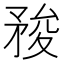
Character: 𥍬